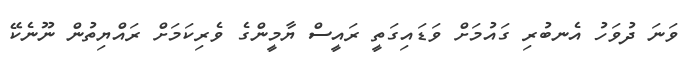
ވަނަ ދުވަހު އެނބުރި ގައުމަށް ވަޑައިގަތީ ރައީސް ޔާމީންގެ ވެރިކަމަށް ރައްޔިތުން ނޫނެކޭ